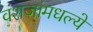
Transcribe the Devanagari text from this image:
वंशजांमधल्ये